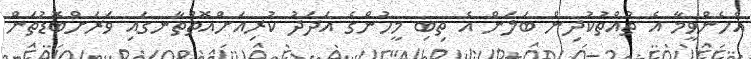
އެހެންވީމާ އެ ތުއްތުކުދިން ބަލަން އެ ތިބި މީހުންގެ އަދަދު ކުރިއަށްއޮތްތާނގައި ވަރަށްބޮޑުތަން